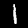
Label: 1